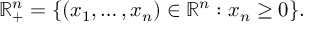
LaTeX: \mathbb { R } _ { + } ^ { n } = \{ ( x _ { 1 } , \ldots , x _ { n } ) \in \mathbb { R } ^ { n } : x _ { n } \geq 0 \} .